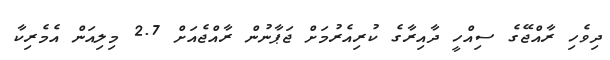
ދިވެހި ރާއްޖޭގެ ސިއްހީ ދާއިރާގެ ކުރިއެރުމަށް ޖަޕާނުން ރާއްޖެއަށް 2.7 މިލިއަން އެމެރިކާ